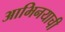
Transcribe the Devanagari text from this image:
आभिनयाची